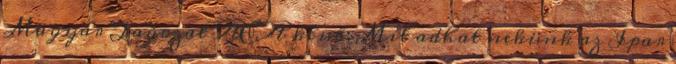
Magyar Tagozat AEA klub: Mit adhat nekünk az Ipar